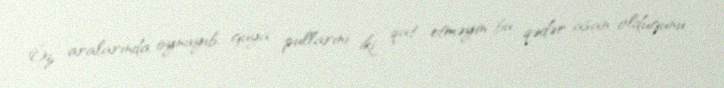
Öz aralarında oynayıb, guya pullarını iki qat etməyin bu qədər asan olduğunu